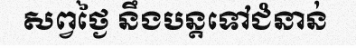
សព្វថ្ងៃ នឹងបន្តទៅជំនាន់